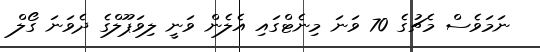
ނަމަވެސް މެޗުގެ 70 ވަނަ މިނެޓްގައި އެލެން ވަނީ ލިވަޕޫލްގެ ދެވަނަ ގޯލް